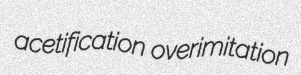
acetification overimitation